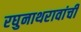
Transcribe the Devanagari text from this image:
रघुनाथरावांची